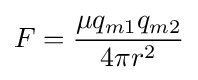
F={{\mu q_{m1}q_{m2}} \over {4\pi r^{2}}}